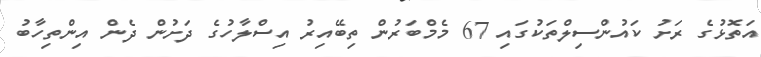
އަތޮޅުގެ ރަށު ކައުންސިލްތަކުގައި 67 މެމްބަރުން ތިބޭއިރު އިސްލާހުގެ ދަށުން ދެން އިންތިހާބު